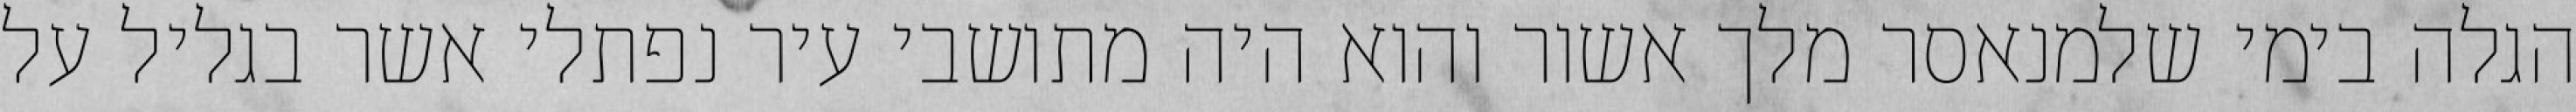
הגלה בימי שלמנאסר מלך אשור והוא היה מתושבי עיר נפתלי אשר בגליל על